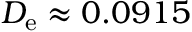
D _ { \mathrm { e } } \approx 0 . 0 9 1 5